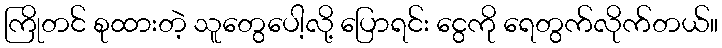
ကြိုတင် စုထားတဲ့ သူတွေပေါ့လို့ ပြောရင်း ငွေကို ရေတွက်လိုက်တယ်။